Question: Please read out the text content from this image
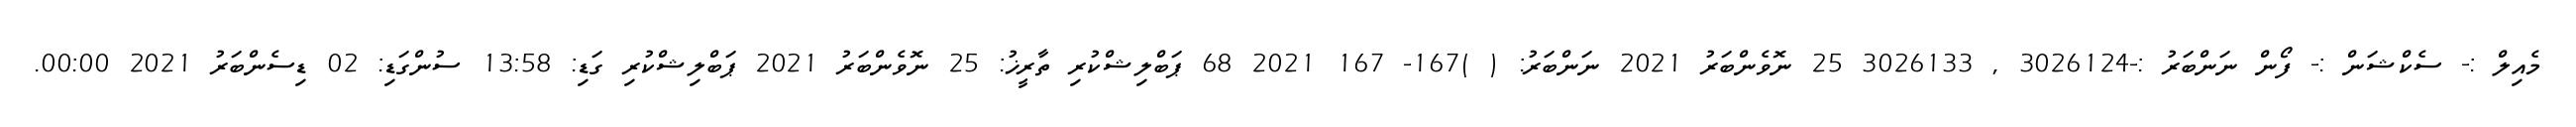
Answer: މެއިލް :- ސެކްޝަން :- ފޯން ނަންބަރު :-3026124 , 3026133 25 ނޮވެންބަރު 2021 ނަންބަރު: ( )167- 167 2021 68 ޕަބްލިޝްކުރި ތާރީޚު: 25 ނޮވެންބަރު 2021 ޕަބްލިޝްކުރި ގަޑި: 13:58 ސުންގަޑި: 02 ޑިސެންބަރު 2021 00:00.